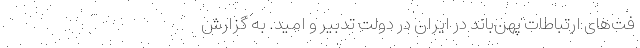
فت‌های ارتباطات پهن‌باند در ایران در دولت تدبیر و امید. به گزارش